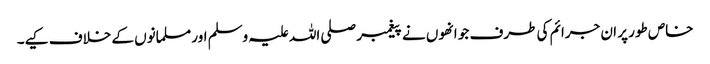
خاص طور پر ان جرائم کی طرف جو انھوں نے پیغمبر صلی اللہ علیہ وسلم اور مسلمانوں کے خلاف کیے۔